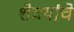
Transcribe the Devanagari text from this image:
शेवयांचे